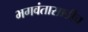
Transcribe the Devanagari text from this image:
भगवंतासाठीच